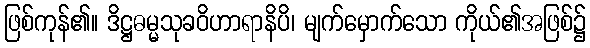
ဖြစ်ကုန်၏။ ဒိဋ္ဌဓမ္မသုခဝိဟာရာနိပိ၊ မျက်မှောက်သော ကိုယ်၏အဖြစ်၌